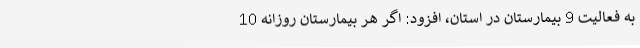
به فعالیت 9 بیمارستان در استان، افزود: اگر هر بیمارستان روزانه 10